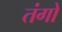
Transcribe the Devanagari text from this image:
तंगो